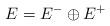
LaTeX: \begin{align*}E=E^- \oplus E^+\end{align*}